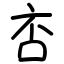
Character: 㕻